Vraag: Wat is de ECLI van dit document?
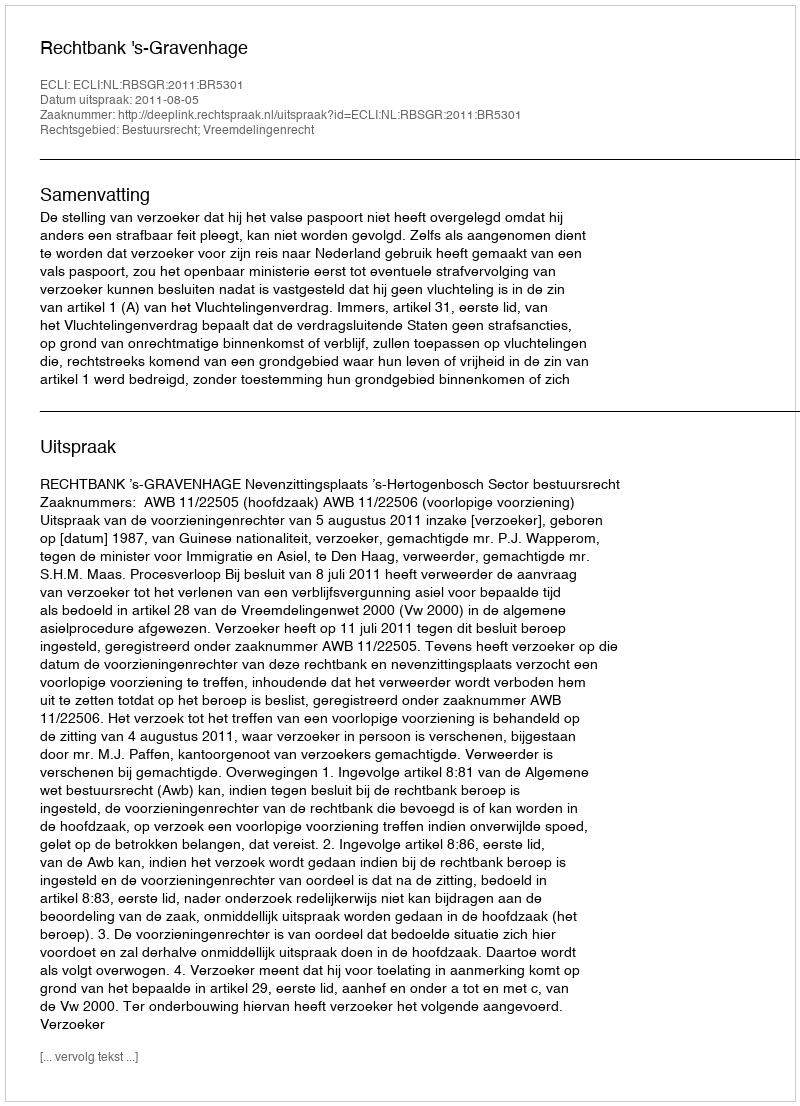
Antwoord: ECLI:NL:RBSGR:2011:BR5301